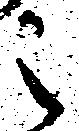
之